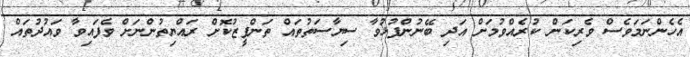
އެހެންނަމަވެސް ވެރިކަން ކުރެއްވުމަށް އަދި ބޭނުންފުޅުވާ ސިޔާސަތުތައް ތަންފީޒުކޮށް ރައްޔިތުންނަށް ވެފައިވާ ވައުދުތައް